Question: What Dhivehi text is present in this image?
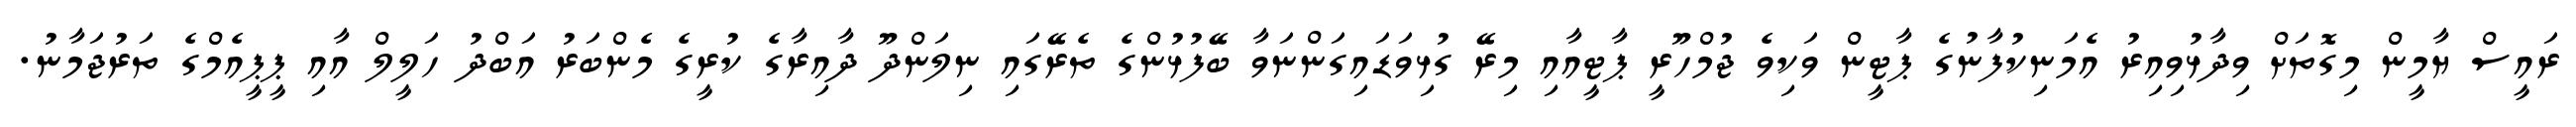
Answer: ރައީސް ޔާމީން މިގޮތަށް ވިދާޅުވިއިރު އެމަނިކުފާނުގެ ޕާޓީން ވަކިވެ ޖުމްހޫރީ ޕާޓީއާއި މިރޭ ގުޅިވަޑައިގަންނަވާ ބޭފުޅުންގެ ތެރޭގައި ނިލަންދޫ ދާއިރާގެ ކުރީގެ މެންބަރު އަބްދު ހަލީލް އާއި ޕީޕީއެމްގެ ތަރުޖަމާނު.